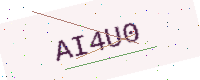
Text: AI4U0